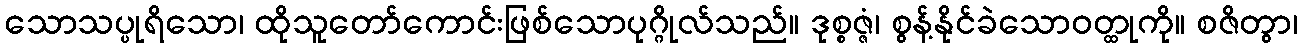
သောသပ္ပုရိသော၊ ထိုသူတော်ကောင်းဖြစ်သောပုဂ္ဂိုလ်သည်။ ဒုစ္စဇ္ဇံ၊ စွန့်နိုင်ခဲသောဝတ္ထုကို။ စဇိတွာ၊